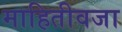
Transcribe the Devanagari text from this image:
माहितीवजा